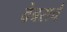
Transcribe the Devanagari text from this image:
वेबसर्च